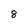
Character: 8